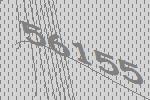
56155